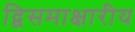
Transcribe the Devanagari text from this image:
द्विसमाक्षारीय